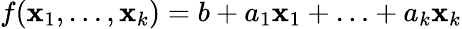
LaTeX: f(\mathbf{x}_{1},\ldots,\mathbf{x}_{k})=b+a_{1}\mathbf{x}_{1}+\ldots+a_{k}\mathbf{x}_{k}